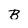
Character: B